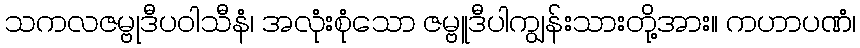
သကလဇမ္ဗုဒီပဝါသီနံ၊ အလုံးစုံသော ဇမ္ဗူဒီပါကျွန်းသားတို့အား။ ကဟာပဏံ၊